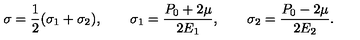
\sigma = { \frac { 1 } { 2 } } ( \sigma _ { 1 } + \sigma _ { 2 } ) , \qquad \sigma _ { 1 } = { \frac { P _ { 0 } + 2 \mu } { 2 E _ { 1 } } } , \qquad \sigma _ { 2 } = { \frac { P _ { 0 } - 2 \mu } { 2 E _ { 2 } } } .